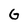
Character: G